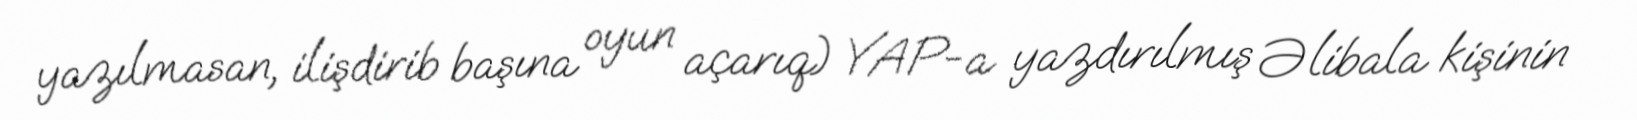
yazılmasan, ilişdirib başına oyun açarıq) YAP-a yazdırılmış Əlibala kişinin